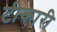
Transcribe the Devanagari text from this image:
टीकारी